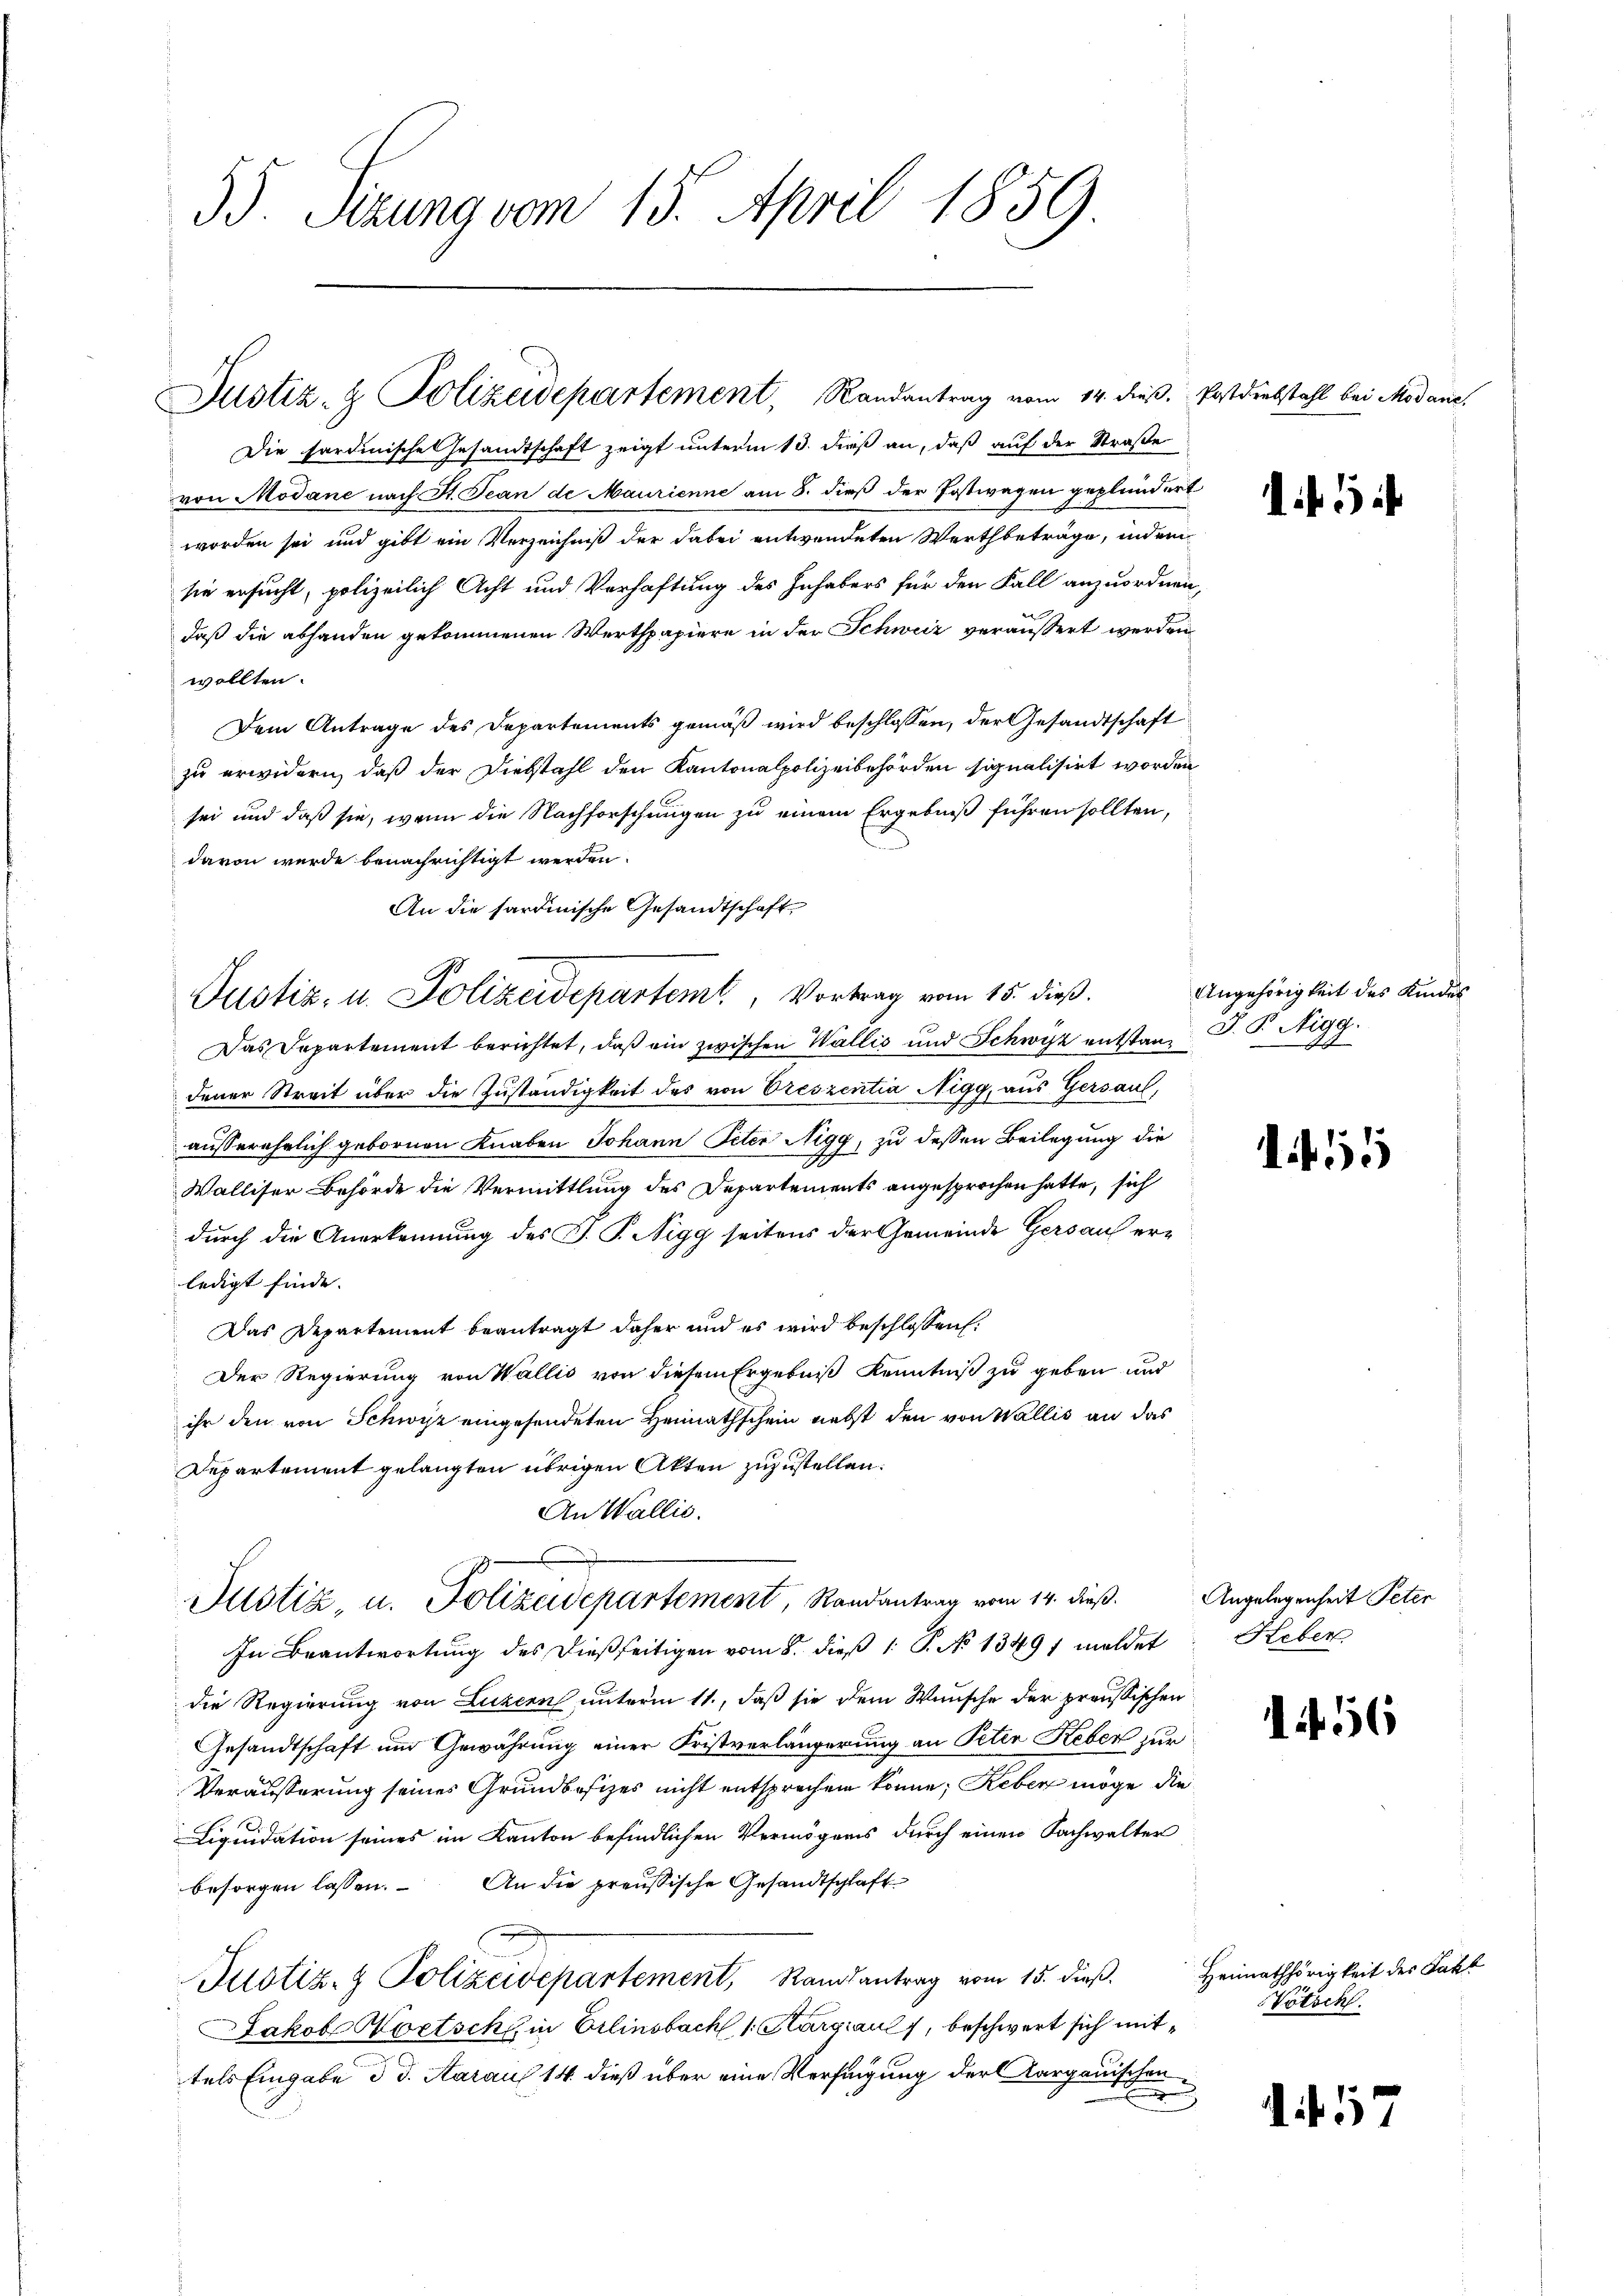
35. Seizung vom 15. April 1859

Justiz- & Polizeidepartement, Randantrag vom 14. dieß. Postdiebstahl bei Modare,

Die Fardinische Gesandtschaft zeigt unterm 13. dieß an, daß auf der Straße
von Modane nach St. Jean de Maurienne am 8. dieß der Postwagen geplündert
worden sei und gibt ein Verzeichniß der dabei entwendeten Werth beträge, indem
sie ersucht, polizeilich Acht und Verhaftung des Inhabers für den Fall anzuordnen
daß die abhanden gekommenen Werthpapiere in der Schweiz veräussert werden
wollten.
Dem Antrage des Departements gemäß wird beschlossen, der Gesandtschaft
zu erwidern, daß der Diebstahl den Kantonalpolizeibehörden signalisirt worden
sei und daß sie, wenn die Nachforschungen zu einem Ergebniß führen sollten,
davon wurde benachrichtigt werden.
An die sardinische Gesandtschaft
Das Separtement berichtet, daß ein zwischen Wallis und Schwyz entstanz
dener Streit über die Zuständigkeit des von Oreszentia Nigg, aus Gersaul,
g
ausserehelich gebornen Knaben Johann Peter Nigg, zu dessen Beilegung die
Walliser Behörde die Vermittlung des Departements angesprochen hatte, sich
durch die Anerkennung des J. P. Nigg seitens der Gemeinde Gersauf erledigt finde. |
Das Departement beantragt daher und es wird beschlossen.
Der Regierung von Wallis von diesem Ergebniß Kenntniß zu geben und
ihr den von Schwyz eingesendeten Heimathschein nebst den von Wallis an das
Departement gelangten übrigen Akten zuzustellen.
An Wallis.
Justiz, u. Polizeidepartement, Randantrag vom 14. dieß. Angelegenheit Peter
In Beantwortung des dießseitigen vom 8. dieß 1 S. No 13491 meldet
die Regierung von Luzern unterm 11., daß sie dem Wunsche der preussischen
Gesandtschaft und Gewährung einer Fristverlängerung an Peten Keber zur
Veräusserung seines Grundbesizes nicht entsprechen könne; Reben möge die
Liquidation seines im Kanton befindlichen Vermögens durch einen Sachwalter
besorgen lassen. An die preussische Gesandtschlaft
Justiz- & Polizeidepartement, Randsantrag vom 15. dieβ.
Jakob Hoetsch in Erlinsbach, 1 Sargiaul, beschwert sich mittels Eingabe d. d. Aarauf 14 dieß über eine Verfügung der Aargauischen
E

Justiz- u. Polizeidepartemt, Vortrag vom 15. dieß.

Angehörigkeit des Kinder
J. P. Nigg.
97

55

Heber

56

Heimathörigkeit des Fakt
Vötsch

1457